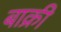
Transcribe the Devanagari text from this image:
बाक्री